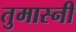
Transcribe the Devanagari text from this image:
तुमास्नी